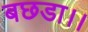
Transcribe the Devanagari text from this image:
बछडा।।